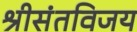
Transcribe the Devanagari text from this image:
श्रीसंतविजय